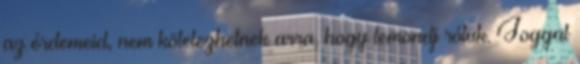
az érdemeid, nem kötelezhetnek arra, hogy lemondj róluk. Joggal